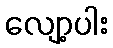
လျော့ပါး